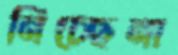
নিচ্ছেনা